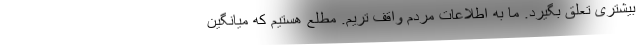
بیشتری تعلق بگیرد. ما به اطلاعات مردم واقف تریم. مطلع هستیم که میانگین